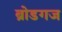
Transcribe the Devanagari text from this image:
ब्रोडगज